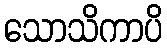
သောသိကာပိ